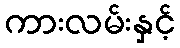
ကားလမ်းနှင့်